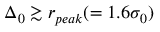
\Delta _ { 0 } \gtrsim r _ { p e a k } ( = 1 . 6 \sigma _ { 0 } )